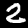
Label: 2